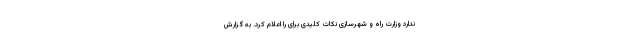
ندارد وزارت راه و شهرسازی نکات کلیدی برای را اعلام کرد. به گزارش